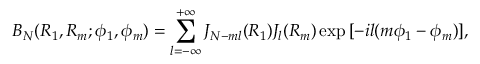
B _ { N } ( R _ { 1 } , R _ { m } ; \phi _ { 1 } , \phi _ { m } ) = \sum _ { l = - \infty } ^ { + \infty } J _ { N - m l } ( R _ { 1 } ) J _ { l } ( R _ { m } ) \exp { [ - i l ( m \phi _ { 1 } - \phi _ { m } ) ] } ,